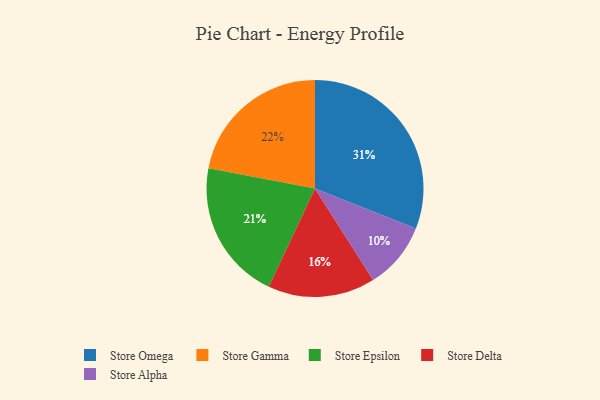
{"axis": {"x": "Category", "y": "Percentage"}, "legend": ["Store Alpha", "Store Delta", "Store Epsilon", "Store Gamma", "Store Omega"], "data": [{"x": "Store Alpha", "y": 10, "type": "Store Alpha"}, {"x": "Store Epsilon", "y": 21, "type": "Store Epsilon"}, {"x": "Store Gamma", "y": 22, "type": "Store Gamma"}, {"x": "Store Omega", "y": 31, "type": "Store Omega"}, {"x": "Store Delta", "y": 16, "type": "Store Delta"}]}